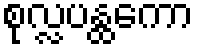
စုလ္လပန္ထကော